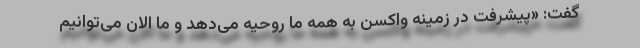
گفت: «پیشرفت در زمینه واکسن به همه ما روحیه می‌دهد و ما الان می‌توانیم